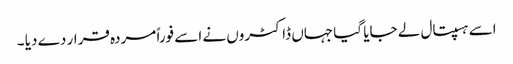
اسے ہسپتال لے جایا گیا جہاں ڈاکٹروں نے اسے فوراً مردہ قرار دے دیا ۔